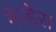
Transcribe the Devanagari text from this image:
मेन्डेस